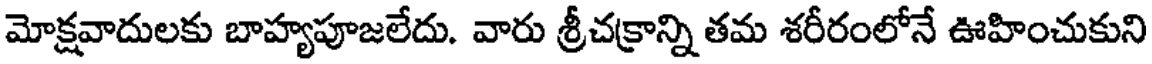
మోక్షవాదులకు బాహ్యపూజలేదు. వారు శ్రీచక్రాన్ని తమ శరీరంలోనే ఊహించుకుని